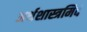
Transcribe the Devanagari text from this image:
अर्थशास्त्रमिदं